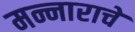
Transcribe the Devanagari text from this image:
मन्नाराचे